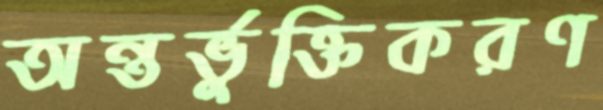
অন্তর্ভুক্তিকরণ